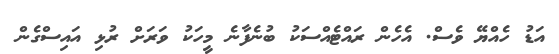
އަޑު ހެއްޔޭ ވެސް. އެހެން ރައްޓެއްސަކު ބުނެފާނެ މީހަކު ވަރަށް ރުޅި އައިސްގެން